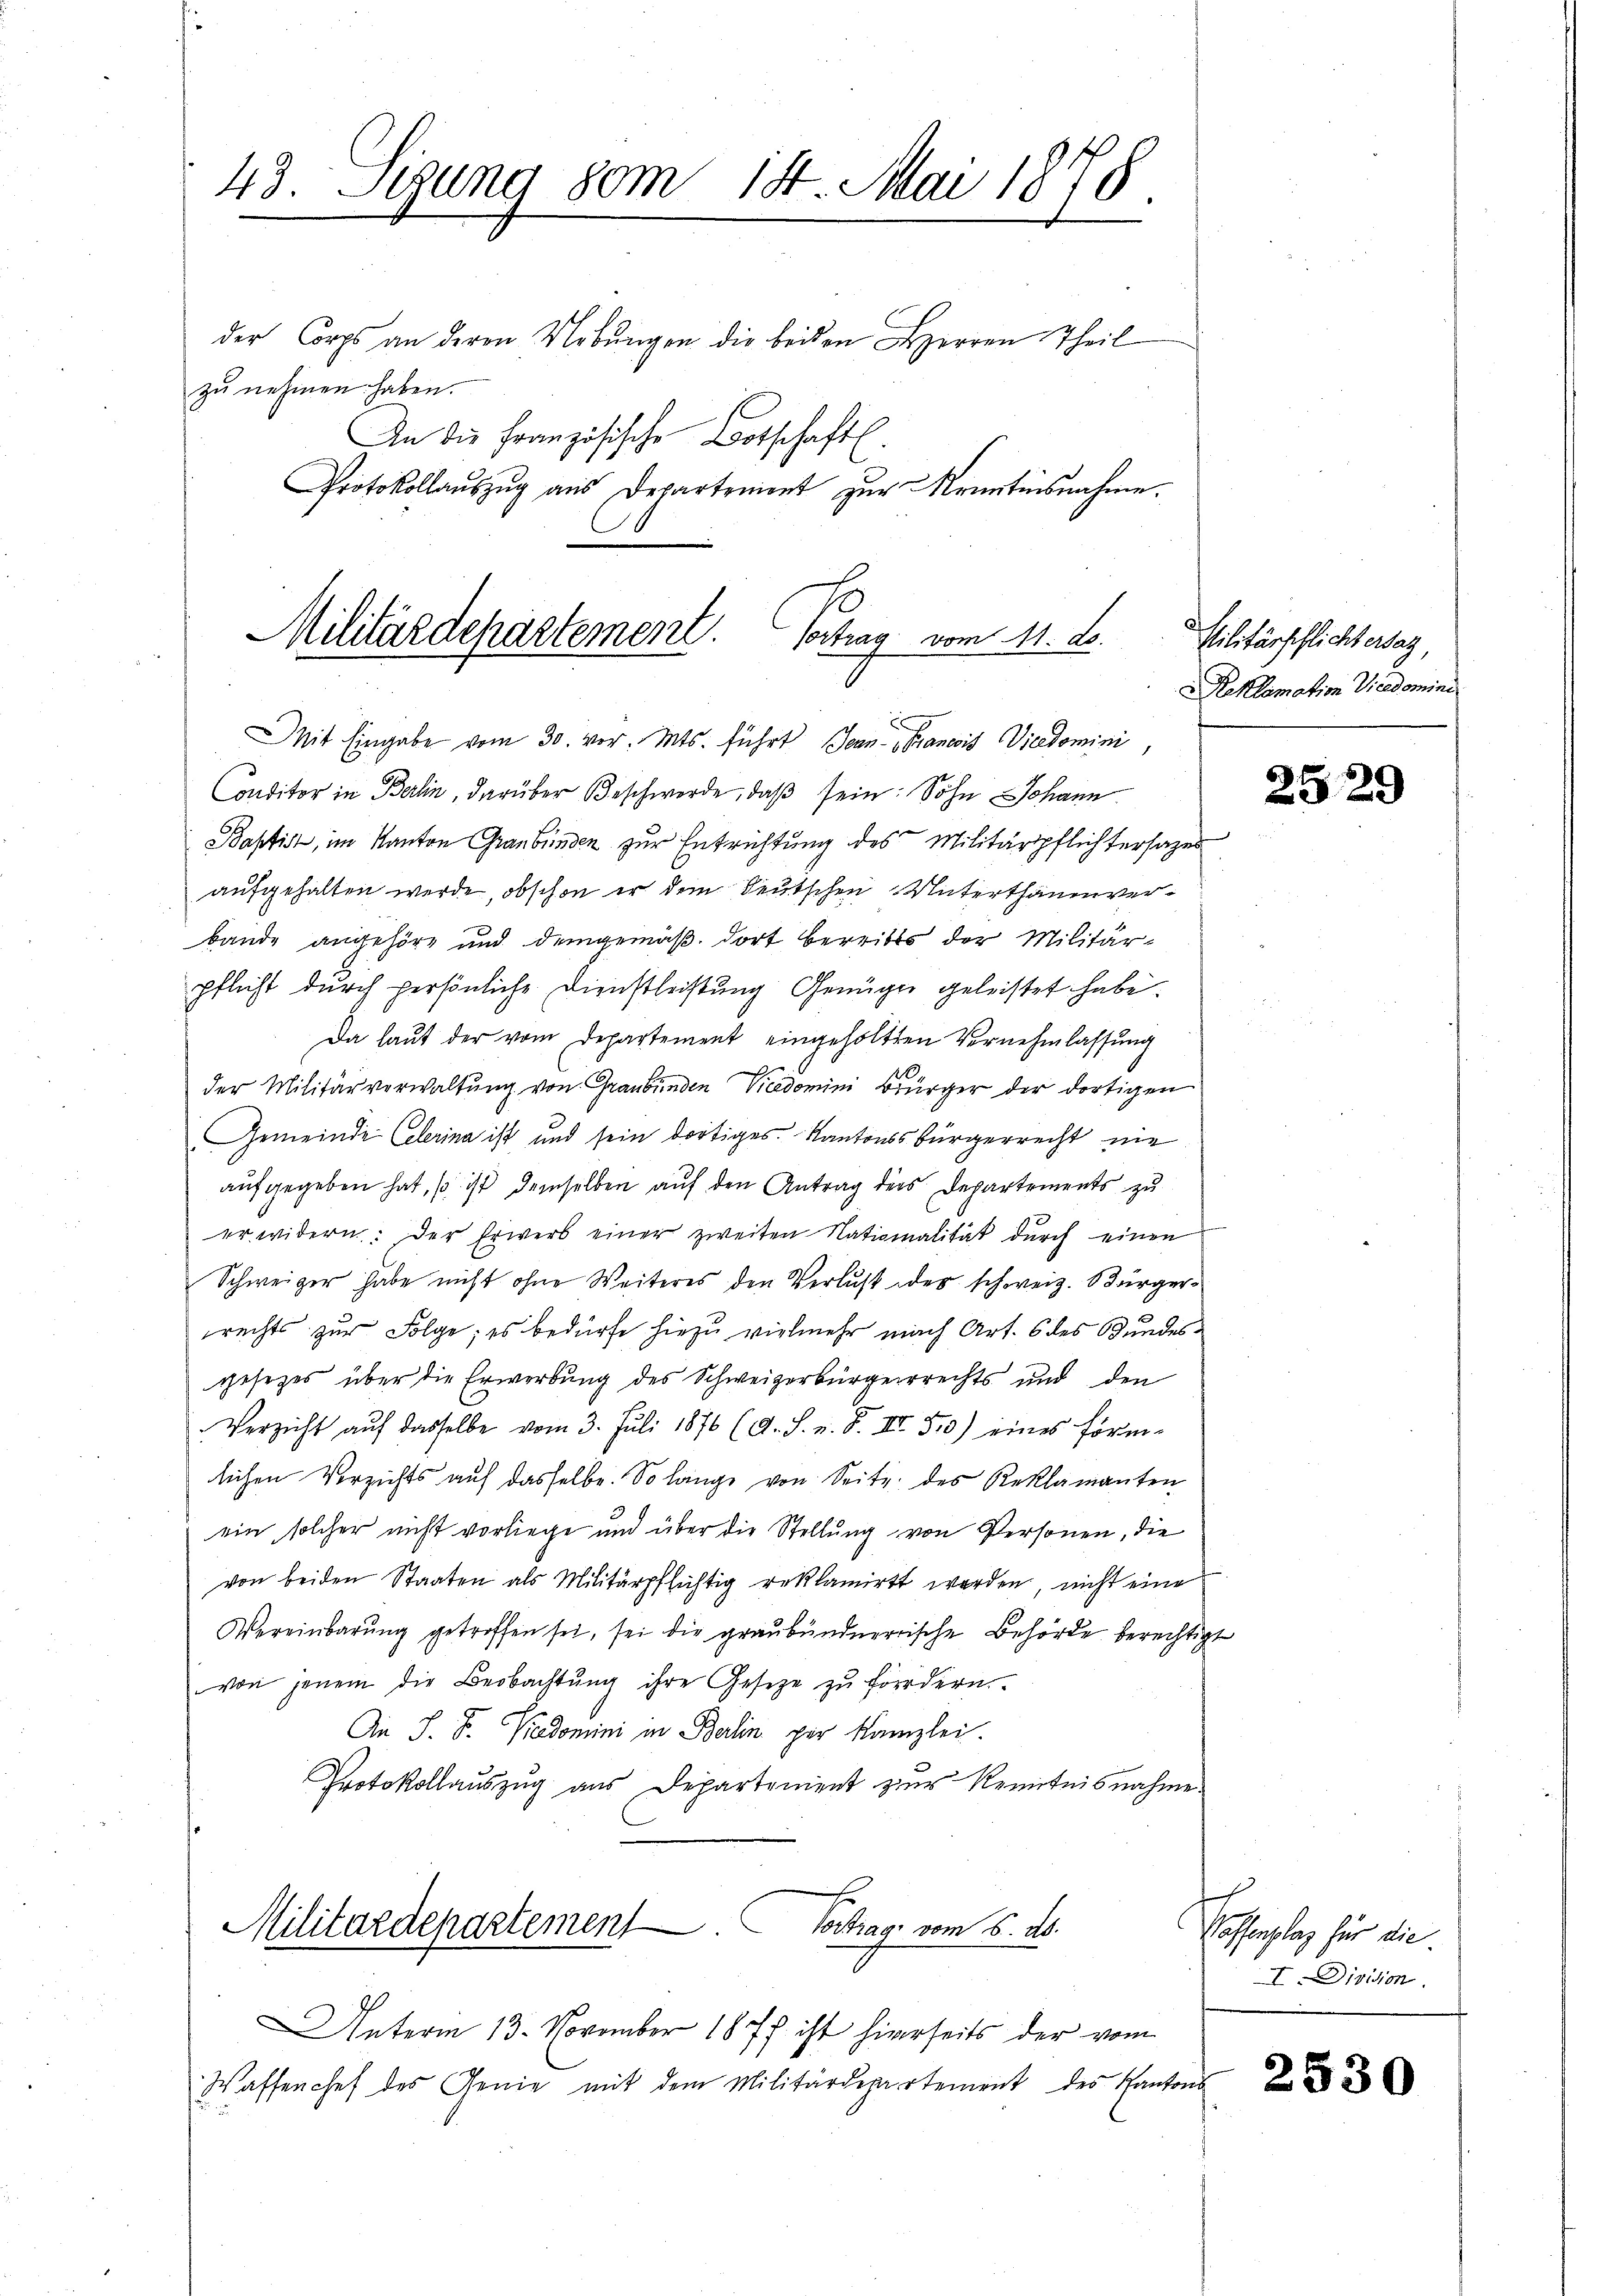
43. Segung 80m 18. Mai 1878.

der Corps an deren Uebŭngen die beiden Herren Theil
zu nehmen haben.
An die Französische Botschaftl.
Protokollaŭszŭg aŭs Departement zŭr Kenntnisnahme.

Militärdepartement. Vortrag vom 11. A.

Mit Eingabe vom 30. vor. Mts. führt Jean Francois Vicedomini,
Conditor in Berlin, darüber Beschwerde, daβ sein: Sohn Johann
Baptist, im Kanton Graubünden zur Entrichtung des Militärpflichtersages
aufgehalten werde, obschon er dem deutschen Unterthanenverbande angehöre und demgemäß dort bereits der Militärpflicht durch persönliche Dienstleistung Genügen geleistet habe.
Da laut der vom Departement eingeholtten Vernehmlassung
der Militärverwaltung von Graubünden Vicedomini Bürger der dortigen
Gemeinde Clerina ist und sein dortiges Kantonsbürgerrecht nie
aufgegeben hat, so ist demselben auf den Antrag ders Departements zu
erwidern: der Erwerb einer zweiten Nationalität dŭrch einen
Schweiger habe nicht ohne Weiteres den Verlust des schweiz. Bürgerrechts zur Folge; es bedürfe hiezu vielmehr nach Art. 6 des Bundesgesetzes über die Erwerbung des Schweizerbürgerrechts und den
Verzicht aŭf dasselbe vom 3. Juli 1876 (A. S. u. F. III 50) eines Förm-
lichen Verzichts auf dasselbe. So lange von Seite des Reklamanten
ein solcher nicht vorliege und über die Stellung von Personen, die
von beiden Staaten als Militärpflichtig reklamirt werden, nicht eine
Vereinbarŭng getroffen sei, sei die graubündnerische Behörde berechtigt
von jenem die Beobachtung ihre Gesetze zu fördern.
An S. B. Kadomini in Berlin per Kanzlei
Protokollauszug aus Departement zur Kenntnisnahme.

Militärdepartement Vortrag vom 5. ds.

Militärpflichtersag,
Reklamation Vicedomini

Unterm 13. November 1877 ist hierseits der vom
Waffenchef des Genie mit dem Militärdepartement des Kantons

2529

Hoffenplaz für die
IDivision.

2530